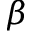
\beta